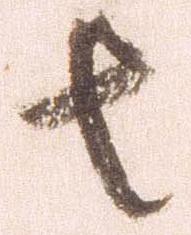
者